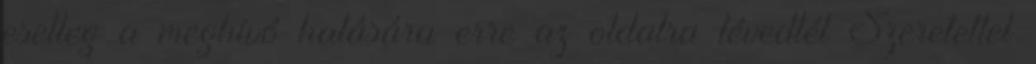
esetleg a meghívó hatására erre az oldalra tévedtél Szeretettel